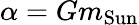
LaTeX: \alpha=Gm_{\mathrm{Sun}}